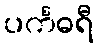
ပင်္ကဓရီ